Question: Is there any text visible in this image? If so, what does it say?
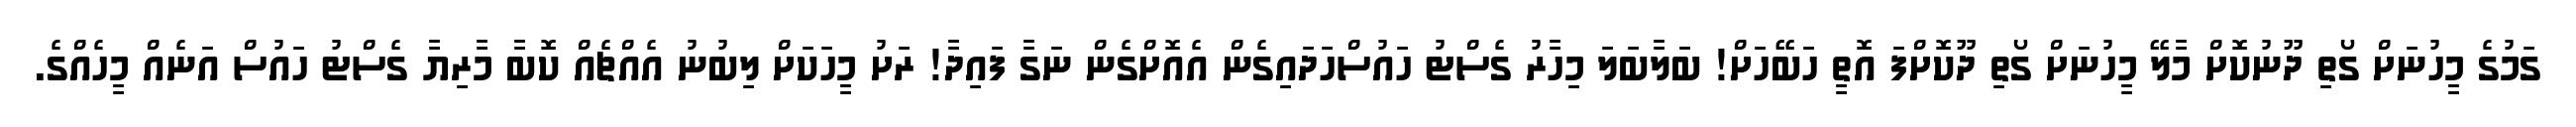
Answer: ގަމުގެ މީހުނަށް ގޯތި ދޫނުކޮށް މާލޭ މީހުނަށް ގޯތި ދޫކޮށްފަ އޮތީ ހަބޭހަށް! ބަލާބަލަ މިހާރު ގެސްޓު ހައުސްހަދައިގެން އެއޮށްގެން ނަގާ ފައިދާ! ރަށު މީހަކަށް ލިބުނު އެއްޗެއް ކޮބާ މާރިޔާ ގެސްޓު ހައުސް އަނެއް މީހެއްގެ.